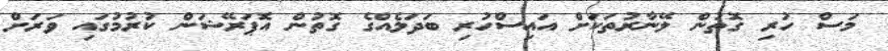
މަސް ހުރި ގޮތުން ލޭނާރުތަކަށް އައިސްހުރި ބަދަލެއްގެ ގޮތުން އޮޕަރޭޝަން ކުރުމުގައި ވަރަށް